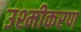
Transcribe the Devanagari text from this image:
उश्मीकरण